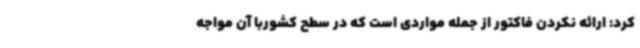
کرد: ارائه نکردن فاکتور از جمله مواردی است که در سطح کشوربا آن مواجه